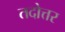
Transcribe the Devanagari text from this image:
तदोत्तर